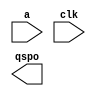
module LUTSigma(
  a,
  clk,
  qspo
);

input [10 : 0] a;
input clk;
output [16 : 0] qspo;

// synthesis translate_off

  DIST_MEM_GEN_V7_2 #(
    .C_ADDR_WIDTH(11),
    .C_DEFAULT_DATA("0"),
    .C_DEPTH(2048),
    .C_FAMILY("spartan6"),
    .C_HAS_CLK(1),
    .C_HAS_D(0),
    .C_HAS_DPO(0),
    .C_HAS_DPRA(0),
    .C_HAS_I_CE(0),
    .C_HAS_QDPO(0),
    .C_HAS_QDPO_CE(0),
    .C_HAS_QDPO_CLK(0),
    .C_HAS_QDPO_RST(0),
    .C_HAS_QDPO_SRST(0),
    .C_HAS_QSPO(1),
    .C_HAS_QSPO_CE(0),
    .C_HAS_QSPO_RST(0),
    .C_HAS_QSPO_SRST(0),
    .C_HAS_SPO(0),
    .C_HAS_SPRA(0),
    .C_HAS_WE(0),
    .C_MEM_INIT_FILE("LUTSigma.mif"),
    .C_MEM_TYPE(0),
    .C_PARSER_TYPE(1),
    .C_PIPELINE_STAGES(0),
    .C_QCE_JOINED(0),
    .C_QUALIFY_WE(0),
    .C_READ_MIF(1),
    .C_REG_A_D_INPUTS(0),
    .C_REG_DPRA_INPUT(0),
    .C_SYNC_ENABLE(1),
    .C_WIDTH(17)
  )
  inst (
    .A(a),
    .CLK(clk),
    .QSPO(qspo),
    .D(),
    .DPRA(),
    .SPRA(),
    .WE(),
    .I_CE(),
    .QSPO_CE(),
    .QDPO_CE(),
    .QDPO_CLK(),
    .QSPO_RST(),
    .QDPO_RST(),
    .QSPO_SRST(),
    .QDPO_SRST(),
    .SPO(),
    .DPO(),
    .QDPO()
  );

// synthesis translate_on

endmodule